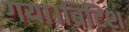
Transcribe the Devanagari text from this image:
गया।ब्रिटिश